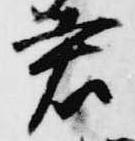
君